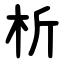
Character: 析